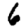
Digit: 6